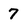
Character: 7